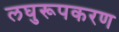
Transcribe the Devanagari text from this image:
लघुरूपकरण